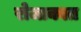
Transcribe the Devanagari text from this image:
रोजाकात